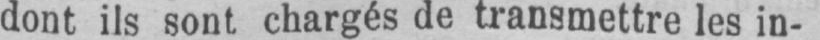
dont ils sont chargés de transmettre les in-